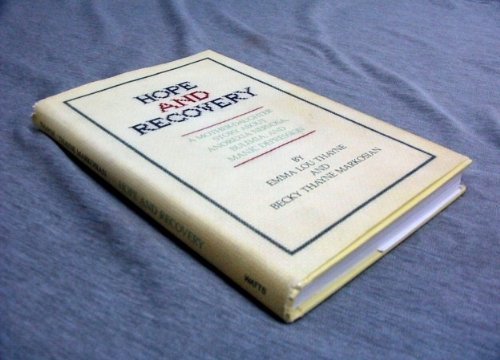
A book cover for Hope and Recovery: A Mother-Daughter Story About Anorexia Nervosa, Bulimia, and Manic Depression; Becky Thayne Markosian; Health, Fitness & Dieting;